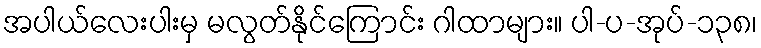
အပါယ်လေးပါးမှ မလွတ်နိုင်ကြောင်း ဂါထာများ။ ပါ-ပ-အုပ်-၁၃၈၊